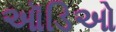
ઑડિઓ